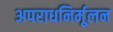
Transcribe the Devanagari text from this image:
अपराधनिर्मूलन